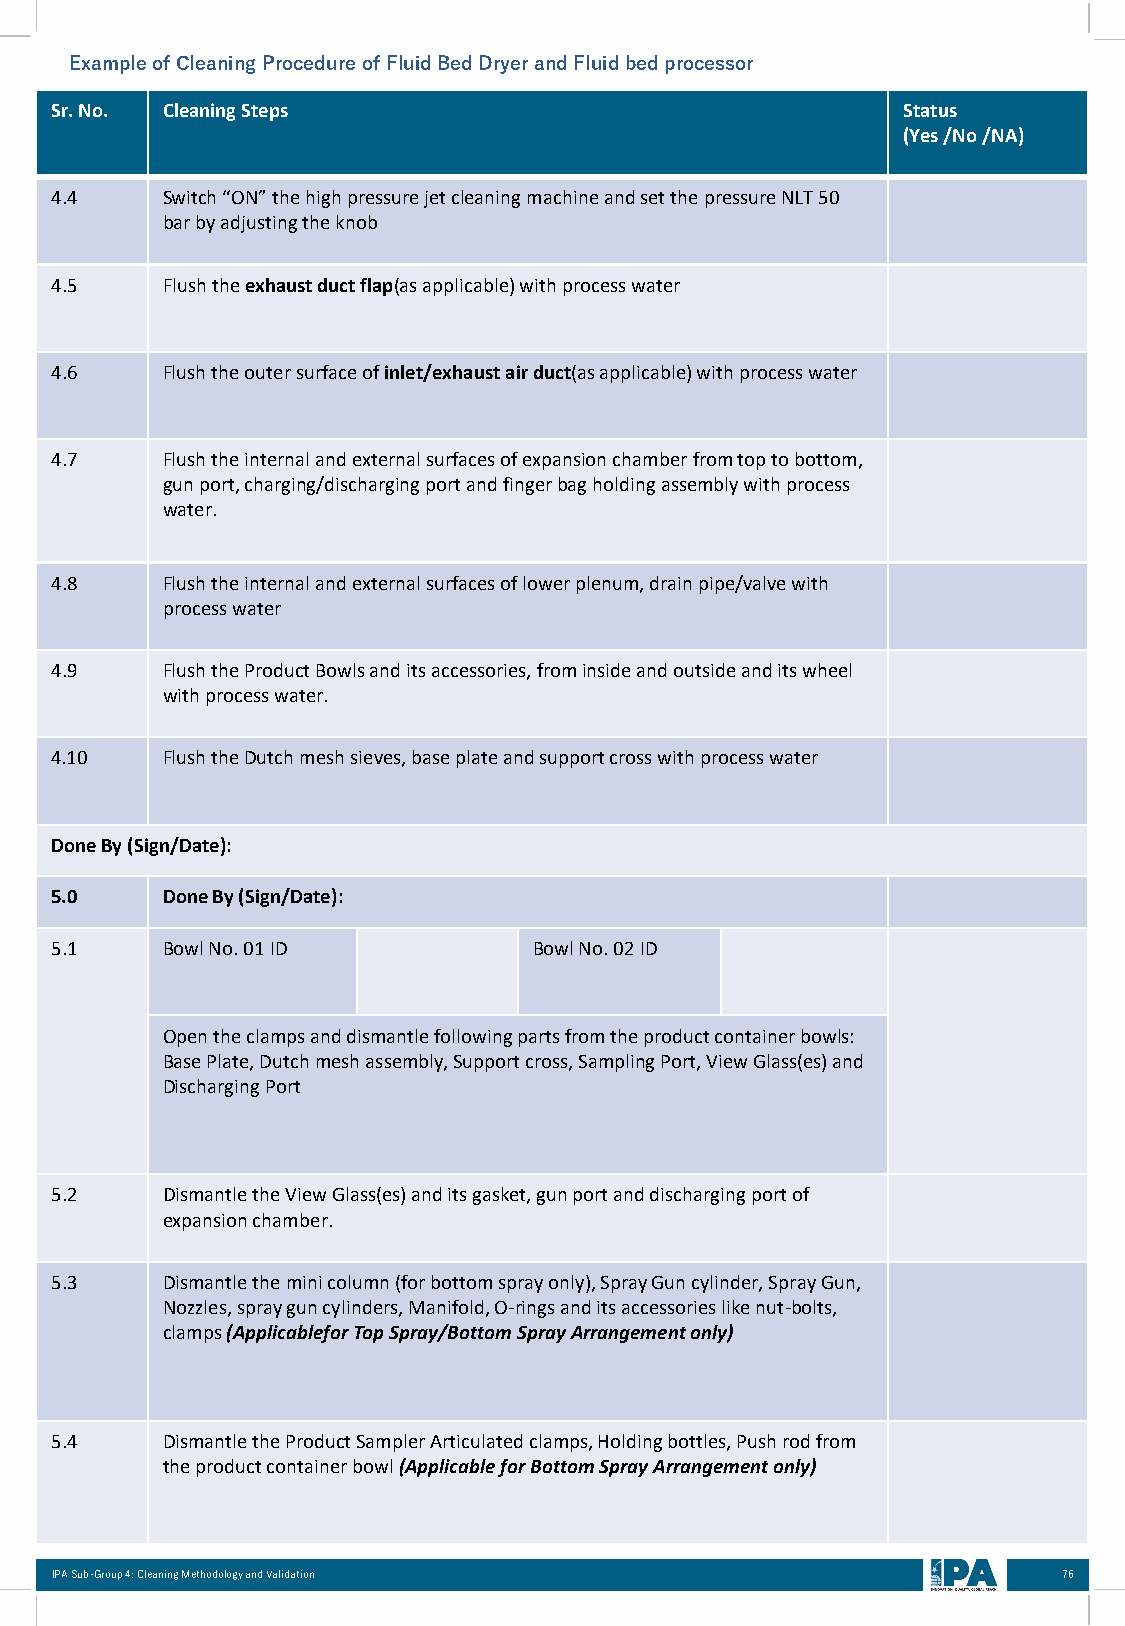
ExampleofCleaningProcedureofFluidBedDryerandFluidbedprocessor
 Sr. No. Cleaning Steps                                   Status
 (Yes /No /NA)
 4.4     Switch “ON” the high pressure jet cleaning machine and set the pressure NLT 50
 bar by adjusting the knob
 4.5     Flush the exhaust duct flap(as applicable) with process water
 4.6     Flush the outer surface of inlet/exhaust air duct(as applicable) with process water
 4.7     Flush the internal and external surfaces of expansion chamber from top to bottom,
 gun port, charging/discharging port and finger bag holding assembly with process
 water.
 4.8     Flush the internal and external surfaces of lower plenum, drain pipe/valve with
 process water
 4.9     Flush the Product Bowls and its accessories, from inside and outside and its wheel
 with process water.
 4.10    Flush the Dutch mesh sieves, base plate and support cross with process water
 Done By (Sign/Date):
 5.0     Done By (Sign/Date):
 5.1     Bowl No. 01 ID          Bowl No. 02 ID
 Open the clamps and dismantle following parts from the product container bowls:
 Base Plate, Dutch mesh assembly, Support cross, Sampling Port, View Glass(es) and
 Discharging Port
 5.2     Dismantle the View Glass(es) and its gasket, gun port and discharging port of
 expansion chamber.
 5.3     Dismantle the mini column (for bottom spray only), Spray Gun cylinder, Spray Gun,
 Nozzles, spray gun cylinders, Manifold, O-rings and its accessories like nut-bolts,
 clamps (ApplicableforTop Spray/Bottom Spray Arrangement only)
 5.4     Dismantle the Product Sampler Articulated clamps, Holding bottles, Push rod from
 the product container bowl (Applicable for Bottom Spray Arrangement only)
 IPA Sub-Group 4: Cleaning Methodology and Validation               76